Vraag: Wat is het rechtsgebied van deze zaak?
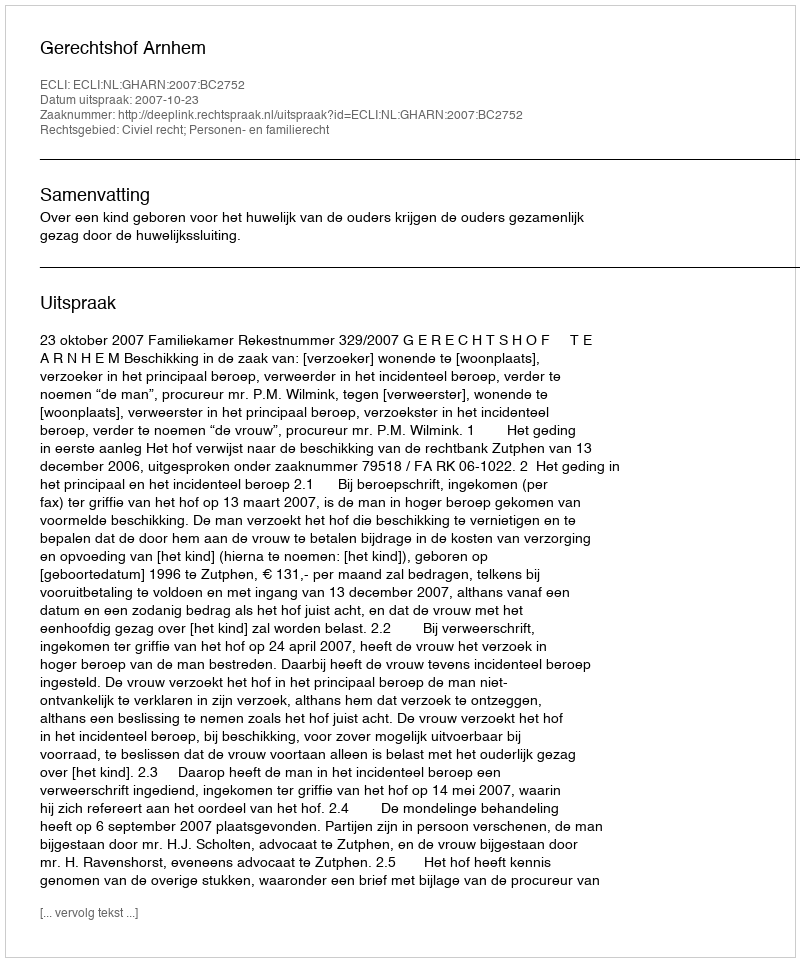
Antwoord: Civiel recht; Personen- en familierecht